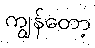
ကျွန်တော့